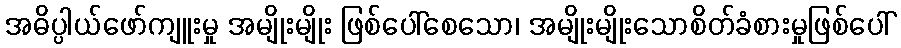
အဓိပ္ပါယ်ဖော်ကျူးမှု အမျိုးမျိုး ဖြစ်ပေါ်စေသော၊ အမျိုးမျိုးသောစိတ်ခံစားမှုဖြစ်ပေါ်